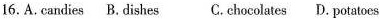
16. A.candies B.dishes C. chocolates D. potatoes